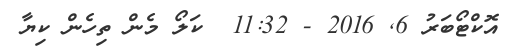
އޮކްޓޯބަރު 6